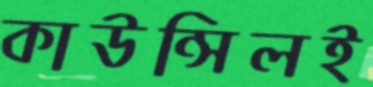
কাউন্সিলই